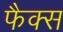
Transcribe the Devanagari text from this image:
फैक्‍स